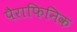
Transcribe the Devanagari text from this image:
पैराफिनिक